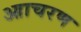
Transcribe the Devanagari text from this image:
आाचरण